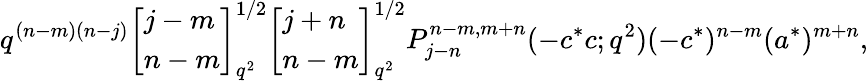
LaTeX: q^{(n-m)(n-j)}\left[\begin{array}{l}{{j-m}}\\ {{n-m}}\end{array}\right]_{q^{2}}^{1/2}\left[\begin{array}{l}{{j+n}}\\ {{n-m}}\end{array}\right]_{q^{2}}^{1/2}P_{j-n}^{n-m,m+n}(-c^{*}c;q^{2})(-c^{*})^{n-m}(a^{*})^{m+n},